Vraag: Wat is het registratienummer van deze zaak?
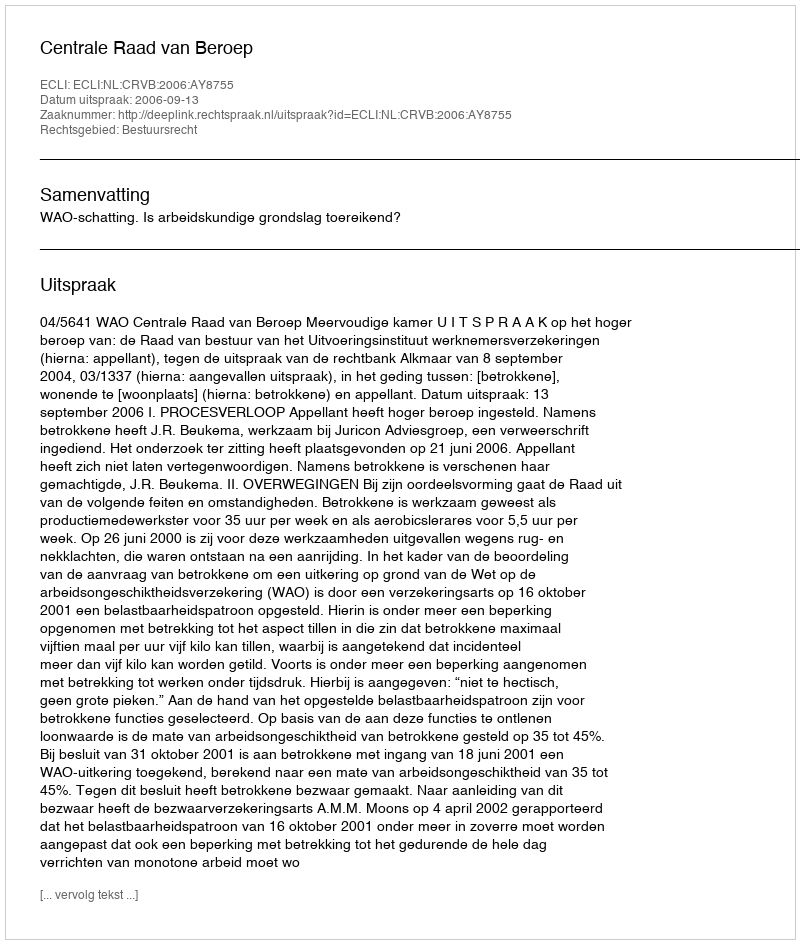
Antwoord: http://deeplink.rechtspraak.nl/uitspraak?id=ECLI:NL:CRVB:2006:AY8755